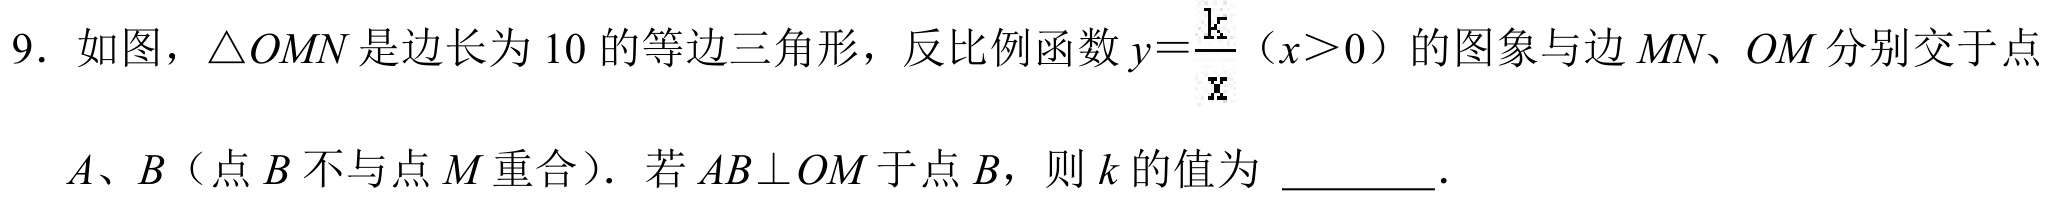
9. 如图，$\triangle  OMN$是边长为$10$的等边三角形，反比例函数$y = \frac{k}{x}(x>0)$的图象与边$MN、OM$分别交于点$A、B$（点$B$不与点$M$重合）. 若$AB\perp OM$于点$B$，则$k$的值为 .